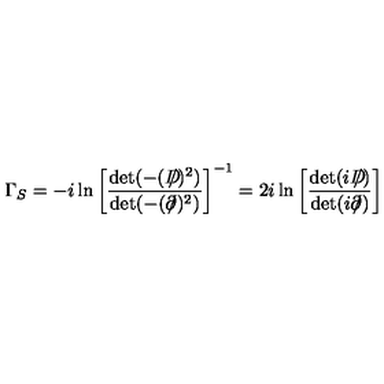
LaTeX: \Gamma _ { S } = - i \ln \left[ { \frac { \det ( - ( D \! \! \! \! \slash ) ^ { 2 } ) } { \det ( - ( \partial \! \! \! \slash ) ^ { 2 } ) } } \right] ^ { - 1 } = 2 i \ln \left[ { \frac { \det ( i D \! \! \! \! \slash ) } { \det ( i \partial \! \! \! \slash ) } } \right]